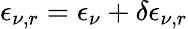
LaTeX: \epsilon_{\nu,r}=\epsilon_{\nu}+\delta\epsilon_{\nu,r}